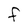
Character: F